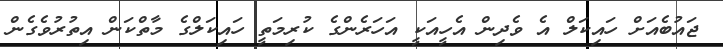
ޖައުބެއަށް ހައިކަލް އެ ވެދިން އެހީއަކީ އަހަރެންގެ ކުރިމަތީ ހައިކަލްގެ މާތްކަން އިތުރުވެގެން